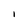
Character: l